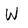
Character: W